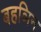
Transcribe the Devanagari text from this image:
बहञिन